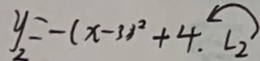
y _ { 2 } = - ( x - 3 ) ^ { 2 } + 4 . L _ { 2 } \leftarrow